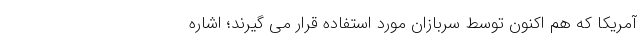
آمریکا که هم اکنون توسط سربازان مورد استفاده قرار می گیرند؛ اشاره